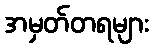
အမှတ်တရများ